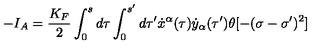
- I _ { A } = \frac { K _ { F } } { 2 } \int _ { 0 } ^ { s } d \tau \int _ { 0 } ^ { s ^ { \prime } } d \tau ^ { \prime } \dot { x } ^ { \alpha } ( \tau ) \dot { y } _ { \alpha } ( \tau ^ { \prime } ) \theta [ - ( \sigma - \sigma ^ { \prime } ) ^ { 2 } ]